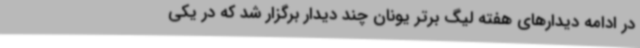
در ادامه دیدارهای هفته لیگ برتر یونان چند دیدار برگزار شد که در یکی